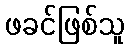
ဖခင်ဖြစ်သူ